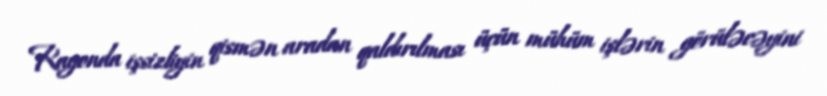
Rayonda işsizliyin qismən aradan qaldırılması üçün mühüm işlərin görüləcəyini